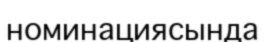
номинациясында